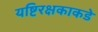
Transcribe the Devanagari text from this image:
यष्टिरक्षकाकडे